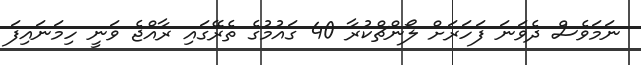
ނަމަވެސް ދެވަނަ ފަހަރަށް ލޯންޗްކުރާ 40 ގައުމުގެ ތެރޭގައި ރާއްޖެ ވަނީ ހިމަނައިފަ